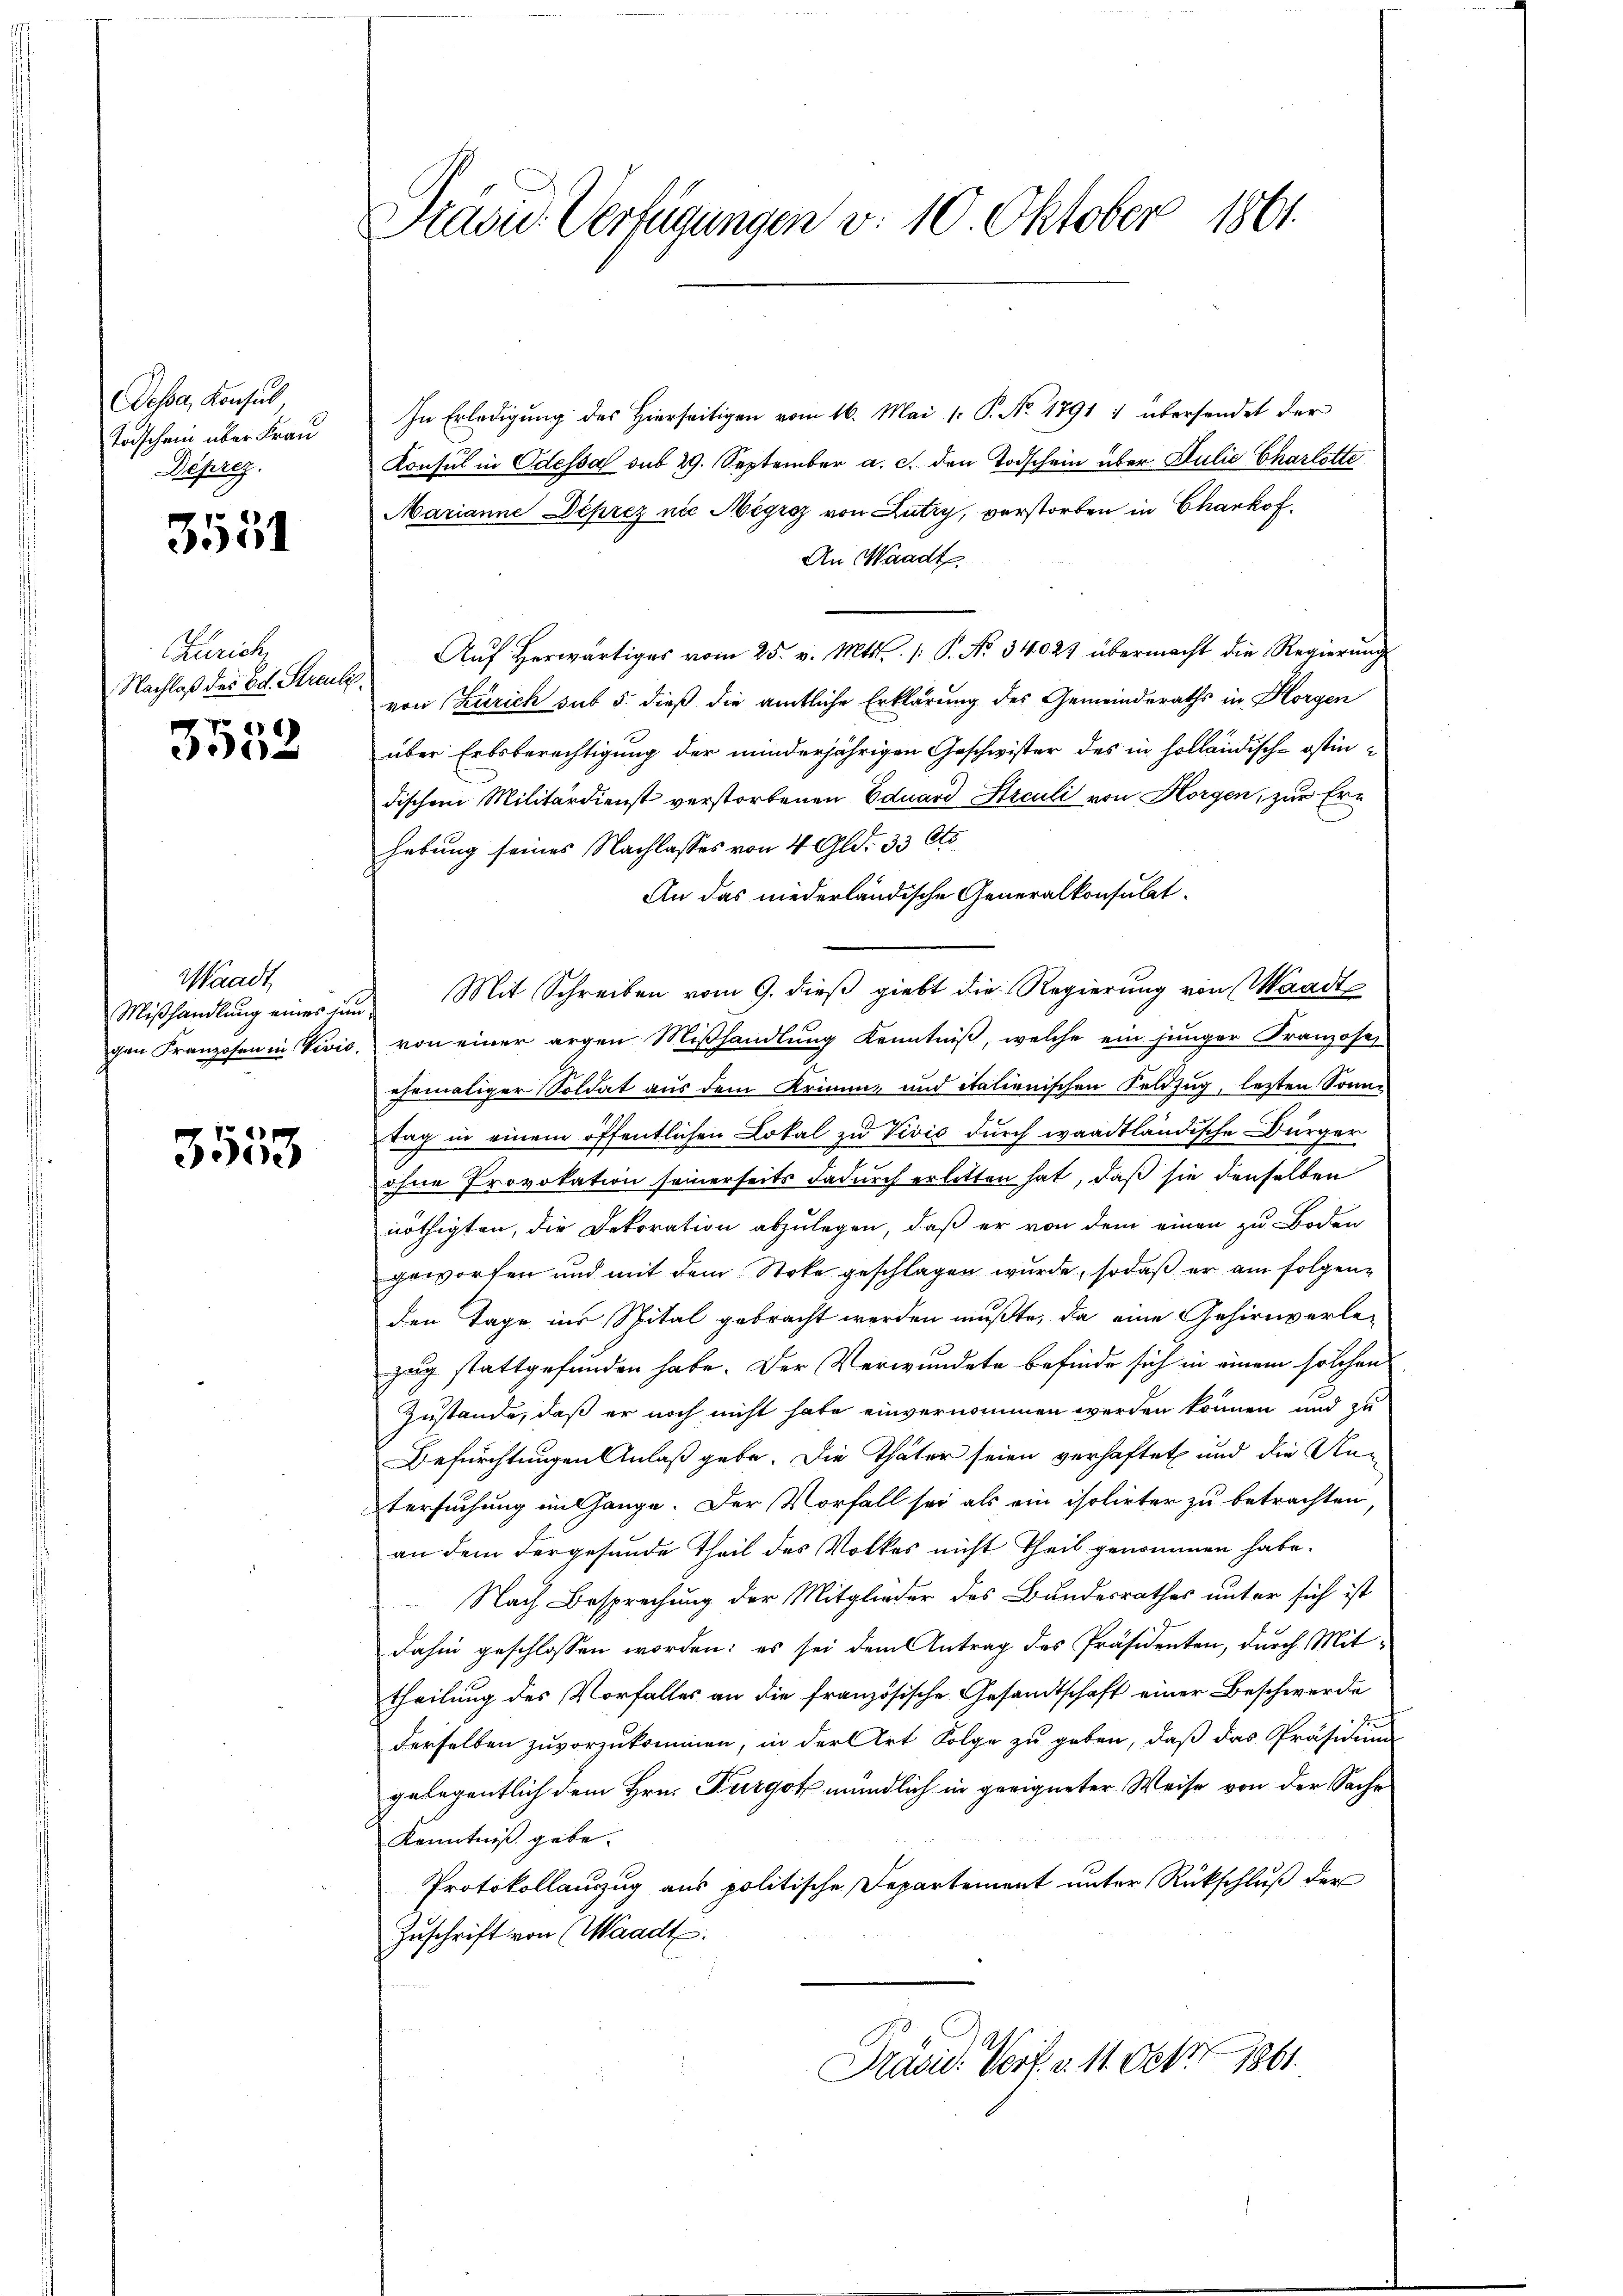
Dessa, Konsul
Todschein über Frau
Deprez.

3551

Zürich
Nachlaß des Ed. Streutz.

3552

Waadt
Mißhandlung eines zum
gen Franzosen in Vević.

3553

Präsid. Verfügungen d. 10. Oktober 1861.

In Erledigung des Hierseitigen vom 16. Mai 1: P. No. 1791 : übersendet der
Konsul in Odessal sub 29. September a. c. den Todschein über Julie Charlotts
Marianne Deprez nie Mégraz von Lutry, verstorben in Chankof¬
An Waadt
Aŭf herwärtiges vom 25. v. Mts. /: P. No. 34021 übermacht die Regierŭng
von Zürich sub 5. dieß die amtliche Erklärung des Gemeinderaths in Horgen
über Erbsberechtigung der minderjährigen Geschwister des in holländisch-ostindischem Militärdienst verstorbenen Eduard Streuli von Horgen, zur Erhebung seines Nachlasses von 4 Gld. 33 Cts
An das niederländische Generalkonsulat
Mit Schreiben vom 9. dieß giebt die Regierung von Waadt
von einer argen Mißhandlung Kenntniß, welche ein junger Franzose,
ehemaliger Soldat aus dem Krimme und italienischen Feldzug, letzten Sonntag in einem öffentlichen Lokal zu Vivić durch waadtländische Bürger
ohne Provokation seinerseits dadurch erlitten hat, daß sie denselben
nöthigten, die Dekoration abzulegen, daß er von dem einen zu Boden
geworfen und mit dem Stoke geschlagen wurde, sodaß er am folgenden Tage ins Spital gebracht werden mußte, da eine Gehirnverle-
zug stattgefunden habe. Der Verwundete befinde sich in einem solchen
Zustande, daß er noch nicht habe einvernommen werden können und zu
Befürchtungen Anlaß gebe. Die Thäter seien verhaftet und die Ann
tersuchung mit hange. Der Vorfall sei als ein isolirter zu betrachten,
an dem dergefunde Theil des Volkes nicht Theil genommen habe.
Nach Besprechung der Mitglieder des Bundesrathes unter sich ist
dahin geschlossen worden: es sei dem Antrag des Präsidenten, durch Mit-
theilung des Vorfalles an die französische Gesandtschaft einer Beschwerde
derselben zuvorzukommen, in der Art Folge zu geben, daß das Präsidium
gelegentlich dem Hrn. Furgot mündlich in geeigneter Weise von der Sache
Kenntniß gebe.
Protokollauszug aus politische Departement unter Rückschluß der
Zuschrift von (Waadt.
Präsid. Verf. v. 11. Okt 1861.